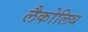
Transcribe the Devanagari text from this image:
लैकोलिथ